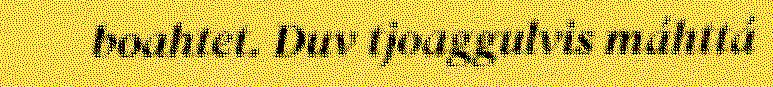
boahtet. Duv tjoaggulvis máhttá